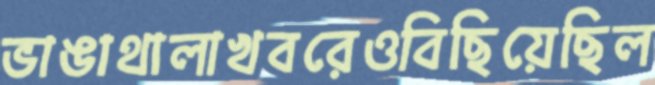
ভাঙাথালাখবরেওবিছিয়েছিল